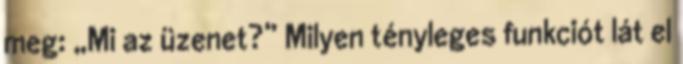
meg: „Mi az üzenet?” Milyen tényleges funkciót lát el